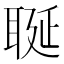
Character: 𦕣